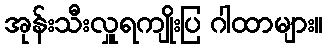
အုန်းသီးလှူရကျိုးပြ ဂါထာများ။